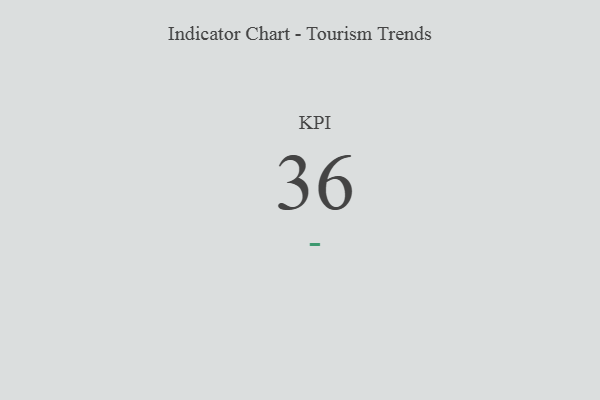
{"axis": {"x": "KPI", "y": "Value"}, "legend": [""], "data": [{"x": "KPI", "y": 36, "type": ""}]}